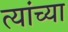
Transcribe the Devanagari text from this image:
त्यांच्या